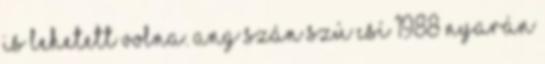
is lehetett volna. Ang Szán Szú Csí 1988 nyarán